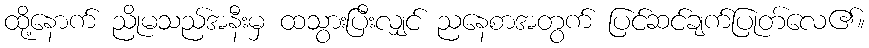
ထို့နောက် ညိုမသည်အနီးမှ ထသွားပြီးလျှင် ညနေစာအတွက် ပြင်ဆင်ချက်ပြုတ်လေ၏။